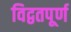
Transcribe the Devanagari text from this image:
विद्वतपूर्ण